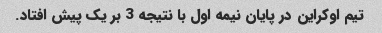
تیم اوکراین در پایان نیمه اول با نتیجه 3 بر یک پیش افتاد.